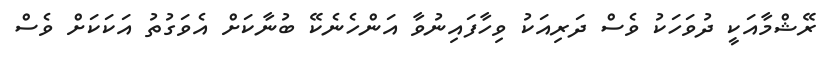
ރޭޝްމާއަކީ ދުވަހަކު ވެސް ދަރިއަކު ވިހާފައިނުވާ އަންހެނެކޭ ބުނާކަށް އެވަގުތު އަކަކަށް ވެސް